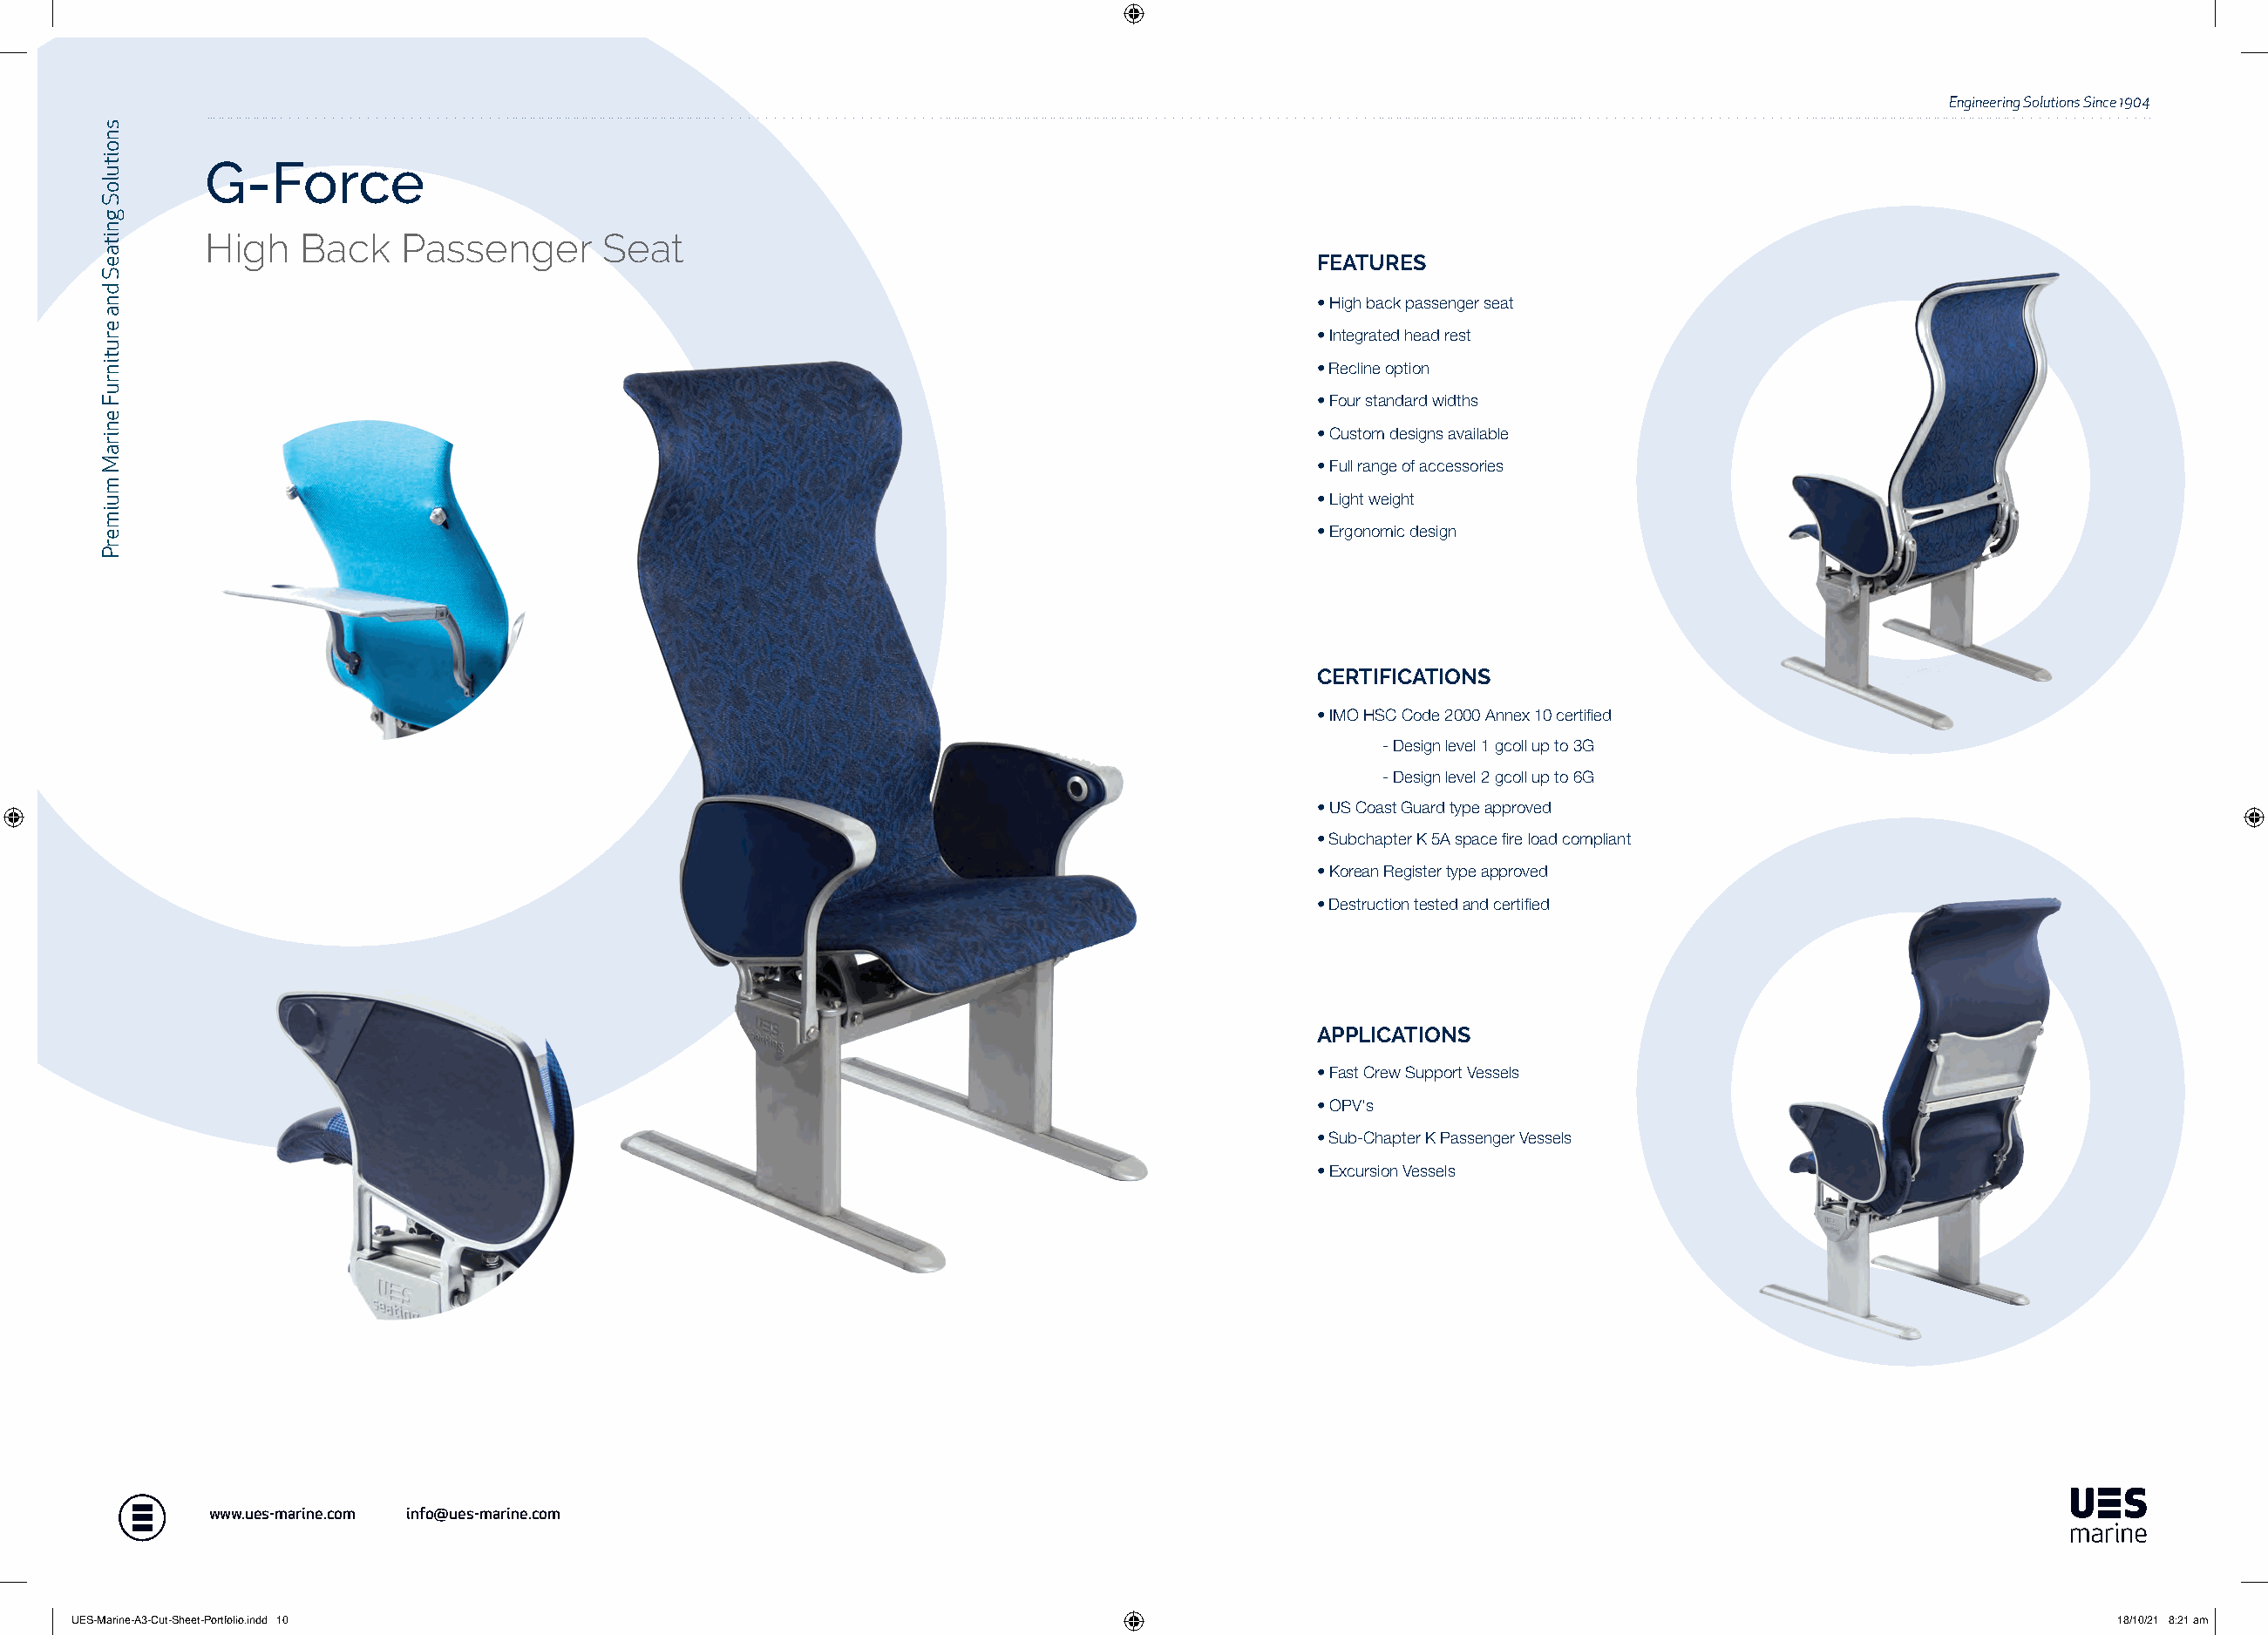
Engineering Solutions Since 1904
 G-Force
 High   Back   Passenger       Seat
 FEATURES
 • High back passenger seat
 • Integrated head rest
 • Recline option
 • Four standard widths
 • Custom designs available
 • Full range of accessories
 • Light weight
 • Ergonomic design
 CERTIFICATIONS
 • IMO HSC Code 2000 Annex 10 certified
 - Design level 1 gcoll up to 3G
 - Design level 2 gcoll up to 6G
 • US Coast Guard type approved
 • Subchapter K 5A space fire load compliant
 • Korean Register type approved
 • Destruction tested and certified
 APPLICATIONS
 • Fast Crew Support Vessels
 • OPV's
 • Sub-Chapter K Passenger Vessels
 • Excursion Vessels
 www.ues-marine.com info@ues-marine.com
 UUEESS--MMaarriinnee--AA33--CCuutt--SShheeeett--PPoorrttffoolliioo..iinndddd 1100                                                                           1188//1100//2211 88::2211 aamm
 snoituloS
 gnitaeS
 dna
 erutinruF
 eniraM
 muimerP